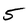
Character: 5